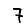
Digit: 7